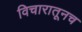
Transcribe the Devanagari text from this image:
विचारातूनच